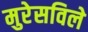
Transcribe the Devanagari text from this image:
मुरेसविले